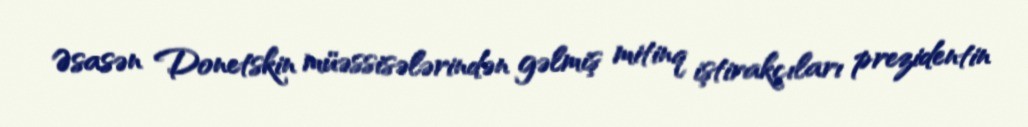
Əsasən Donetskin müəssisələrindən gəlmiş mitinq iştirakçıları prezidentin